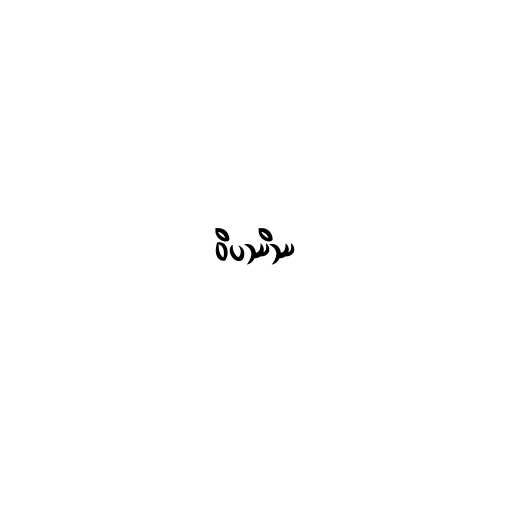
ဝိပဿိဿ